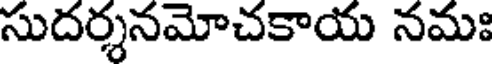
సుదర్శనమోచకాయ నమః